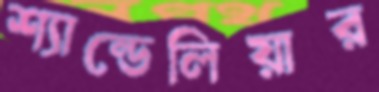
শ্যান্ডেলিয়ার